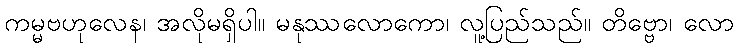
ကမ္မဗဟုလေန၊ အလိုမရှိပါ။ မနုဿလောကော၊ လူ့ပြည်သည်။ တိဗ္ဗော၊ လော